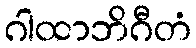
ဂါထာဘိဂီတံ